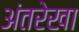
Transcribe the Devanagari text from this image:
अंतरेखा